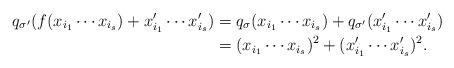
LaTeX: \begin{align*}q_{\sigma'}(f(x_{i_1}\cdots x_{i_s})+x'_{i_1}\cdots x'_{i_s})&=q_\sigma(x_{i_1}\cdots x_{i_s})+q_{\sigma'}(x'_{i_1}\cdots x'_{i_s})\\&=(x_{i_1}\cdots x_{i_s})^2+(x'_{i_1}\cdots x'_{i_s})^2.\end{align*}